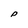
Character: P